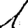
Digit: 1